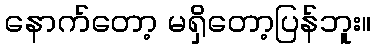
နောက်တော့ မရှိတော့ပြန်ဘူး။